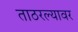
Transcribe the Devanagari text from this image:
ताठरल्यावर